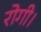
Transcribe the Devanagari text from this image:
रोगी।